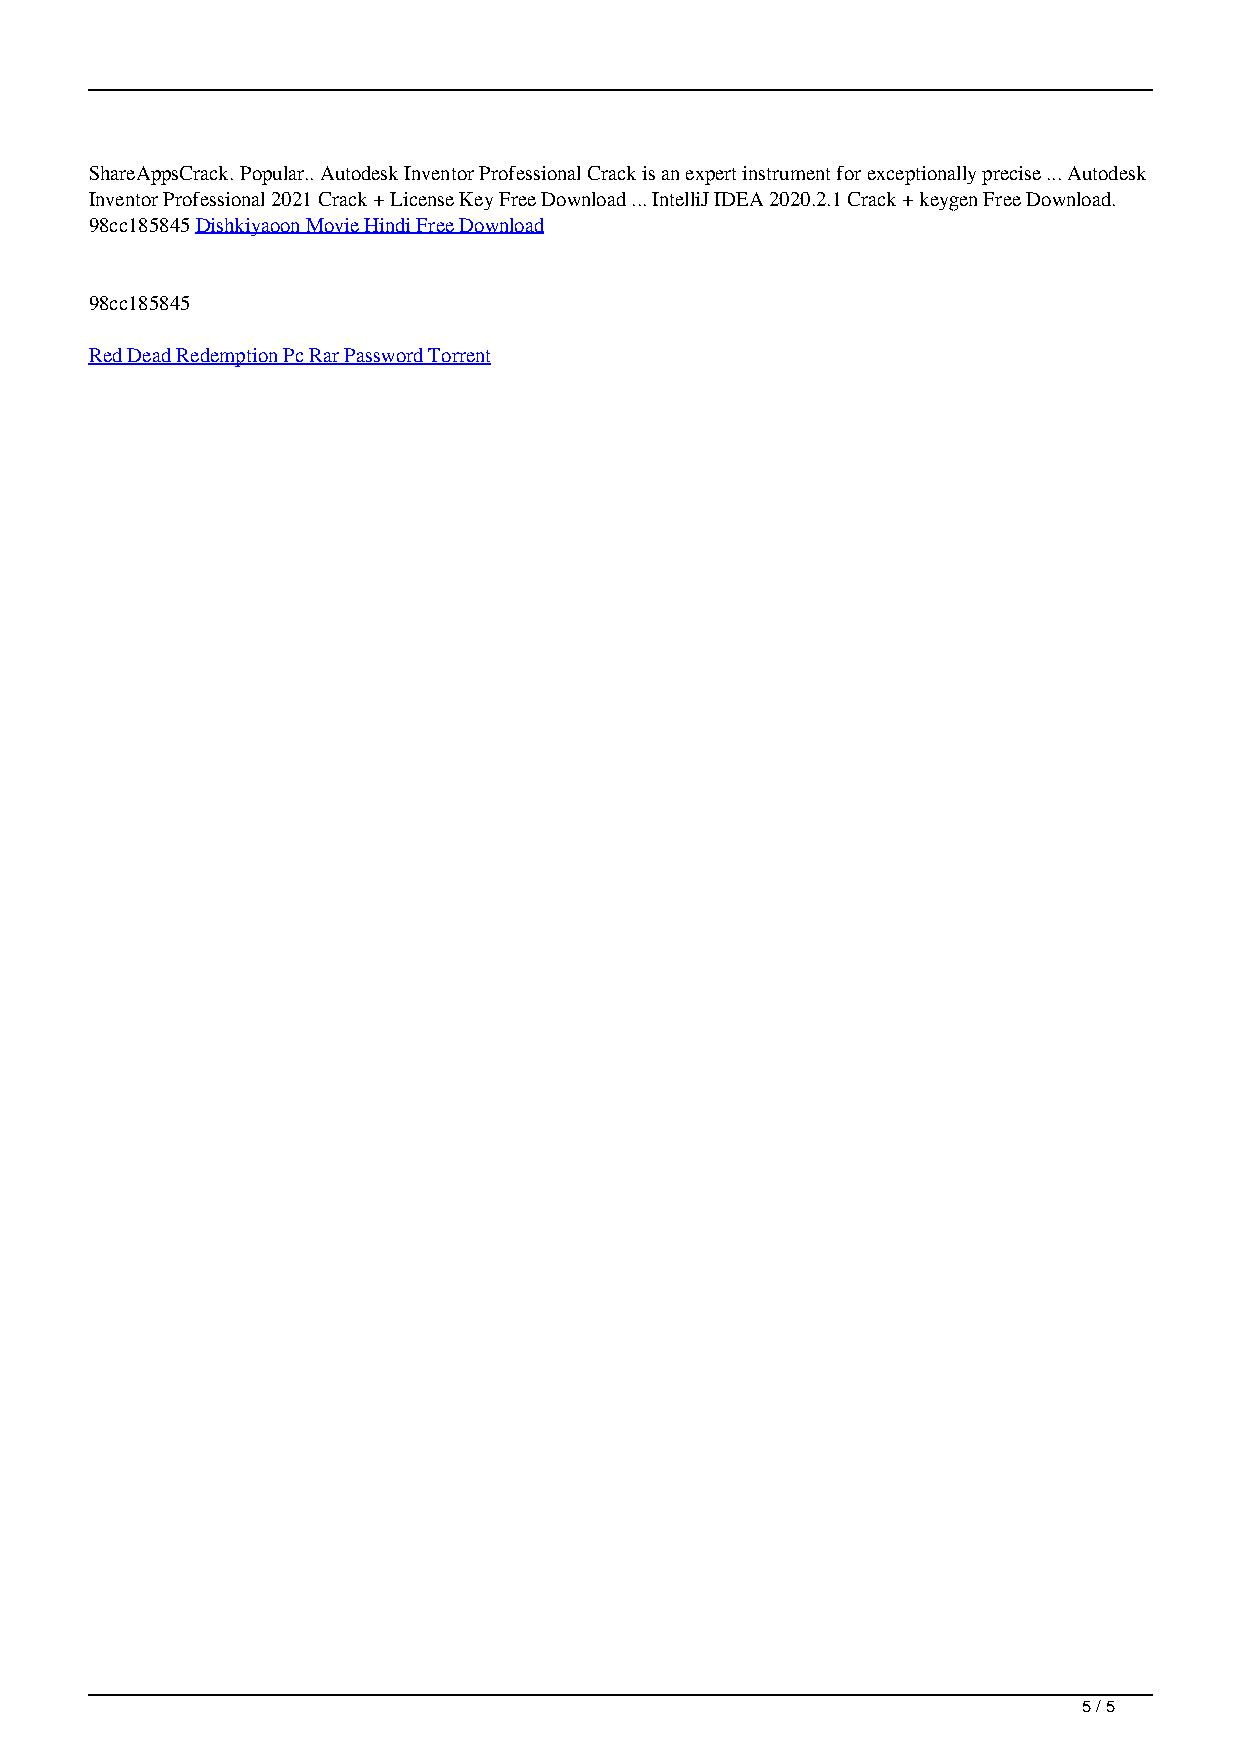
ShareAppsCrack. Popular.. Autodesk Inventor Professional Crack is an expert instrument for exceptionally precise ... Autodesk
 Inventor Professional 2021 Crack + License Key Free Download ... IntelliJ IDEA 2020.2.1 Crack + keygen Free Download.
 98cc185845 Dishkiyaoon Movie Hindi Free Download
 98cc185845
 Red Dead Redemption Pc Rar Password Torrent
 5 / 5
 Autodesk Inventor Professional 202021 Crack